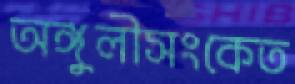
অঙ্গুলীসংকেত